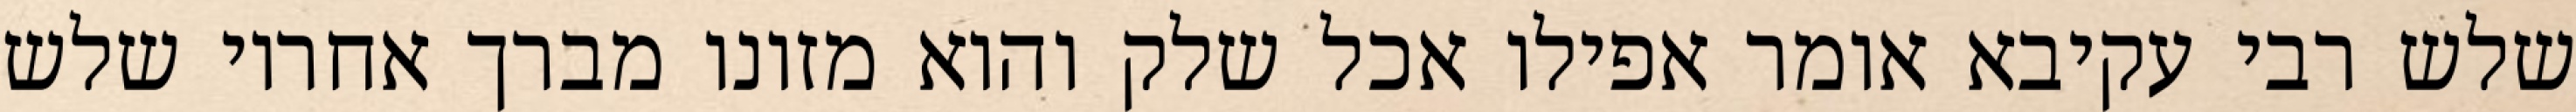
שלש רבי עקיבא אומר אפילו אכל שלק והוא מזונו מברך אחריו שלש